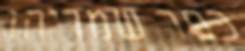
כפר שמריהו